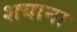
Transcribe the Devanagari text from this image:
शयाना